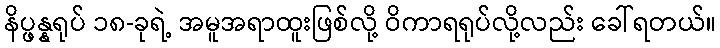
နိပ္ဖန္နရုပ် ၁၈-ခုရဲ့ အမူအရာထူးဖြစ်လို့ ဝိကာရရုပ်လို့လည်း ခေါ်ရတယ်။